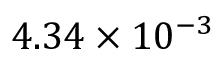
4 . 3 4 \times 1 0 ^ { - 3 }